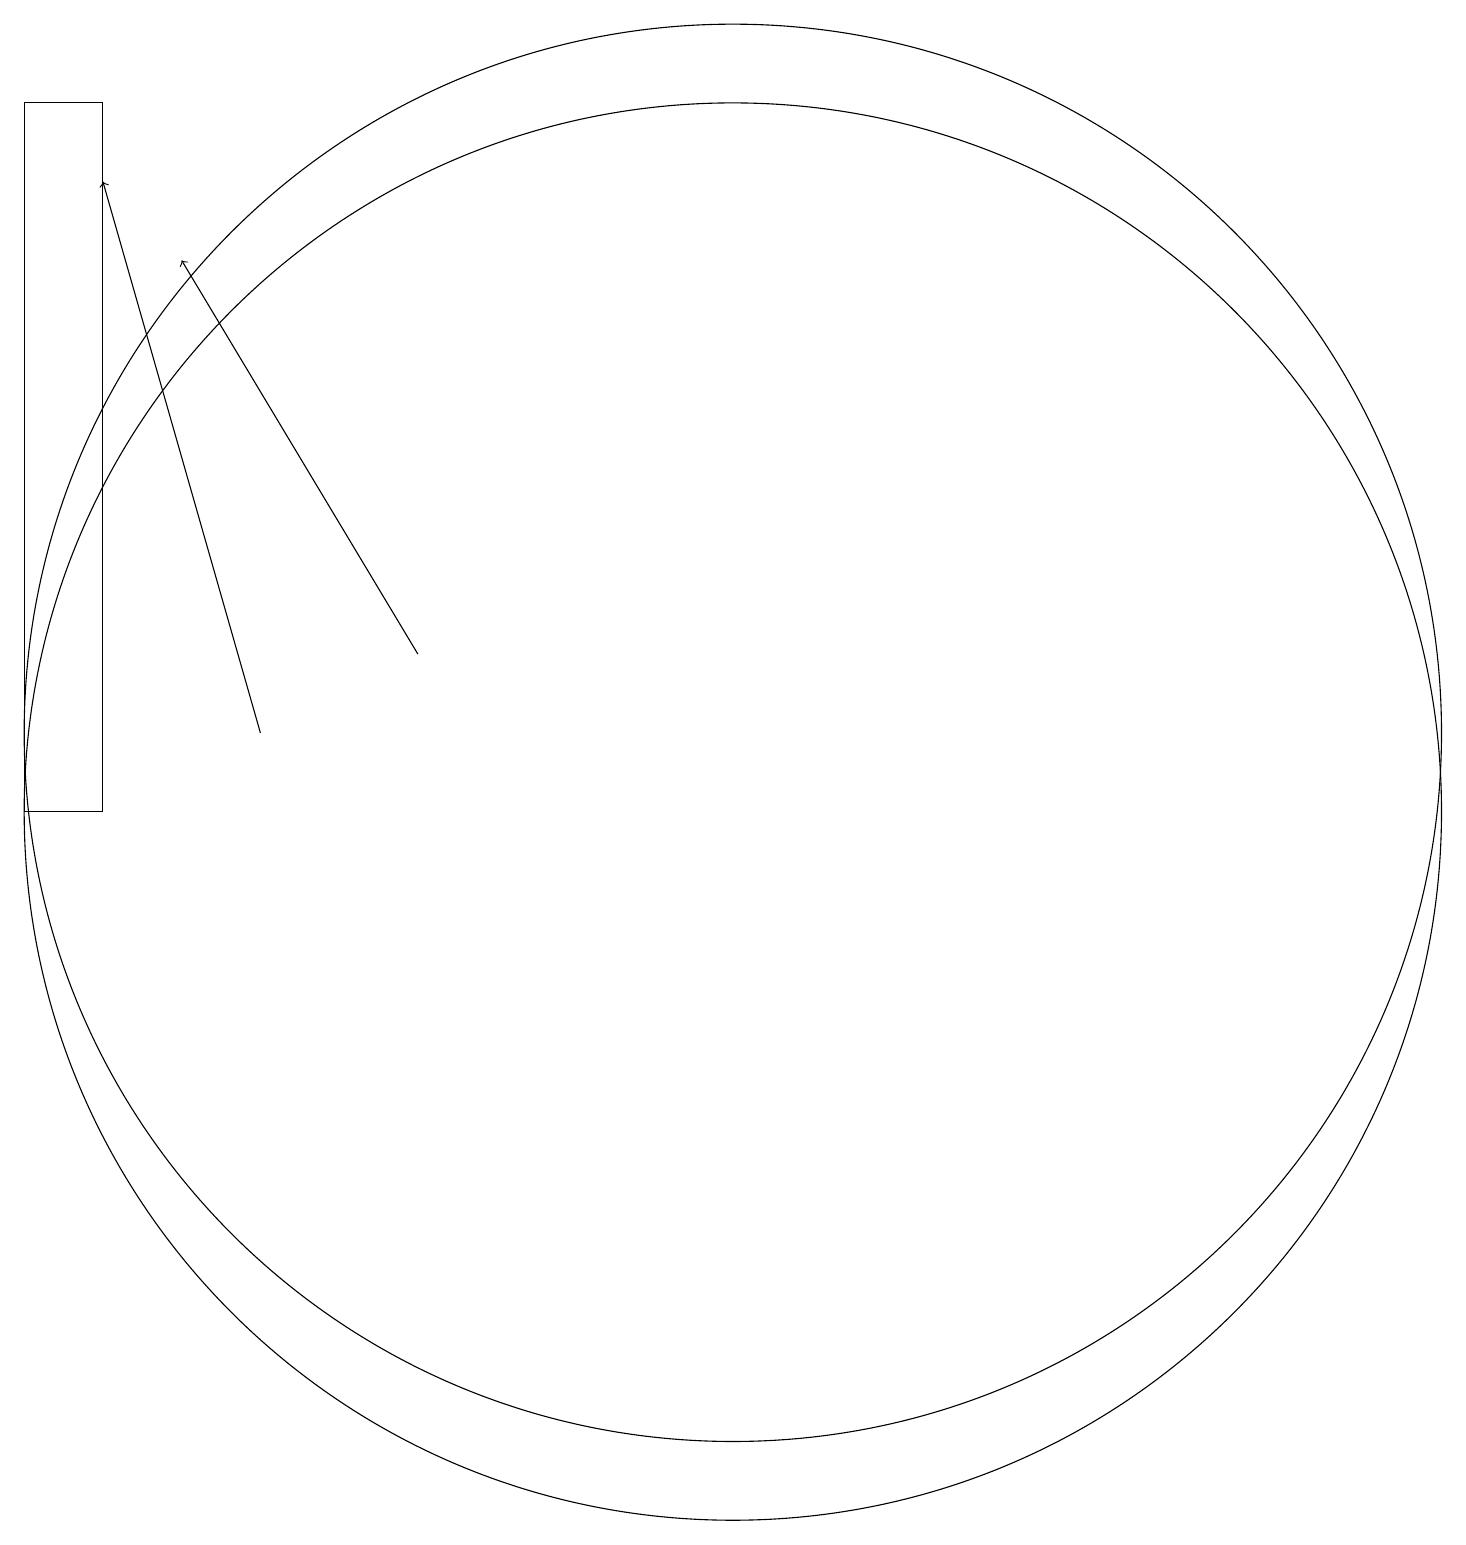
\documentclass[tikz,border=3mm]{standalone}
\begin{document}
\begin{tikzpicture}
\draw (3,19) rectangle (2,10);
\draw (11,11) circle (9);
\draw[->] (7,12) -- (4,17);
\draw (11,10) circle (9);
\draw[->] (5,11) -- (3,18);
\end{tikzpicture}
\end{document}